Annual report of the Civil Veterinary Department, Bengal, and of the Bengal Veterinary College for the year 1903-1904 - 1903-1904
Year: 1903
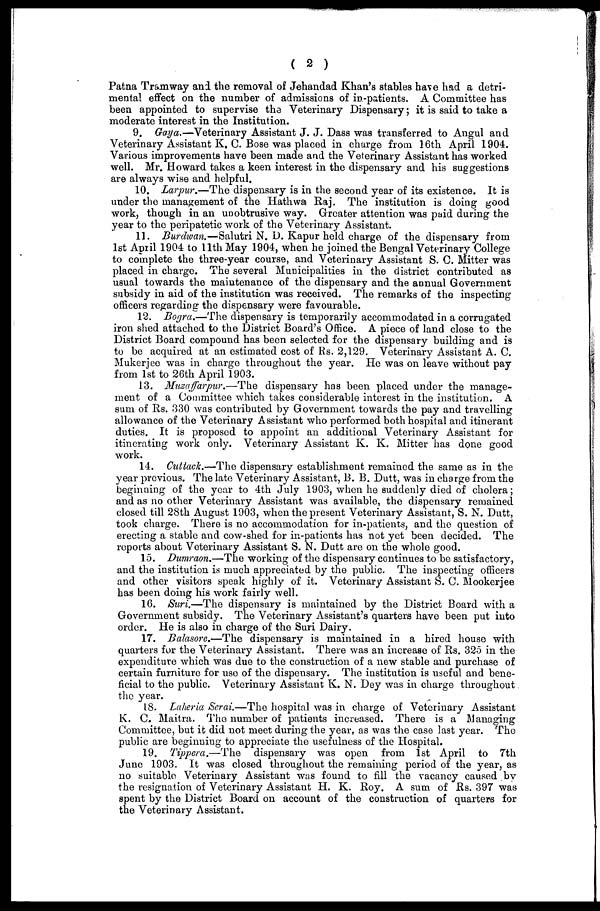
( 2 )
Patna Tramway and the removal of Jehandad Khan's stables have had a detri-
mental effect on the number of admissions of in-patients. A Committee has
been appointed to supervise the Veterinary Dispensary; it is said to take a
moderate interest in the Institution.
9. Gaya.—Veterinary Assistant J. J. Dass was transferred to Angul and
Veterinary Assistant K. C. Bose was placed in charge from 16th April 1904.
Various improvements have been made and the Veterinary Assistant has worked
well. Mr. Howard takes a keen interest in the dispensary and his suggestions
are always wise and helpful.
10. Larpur.—The dispensary is in the second year of its existence. It is
under the management of the Hathwa Raj. The institution is doing good
work, though in an unobtrusive way. Greater attention was paid during the
year to the peripatetic work of the Veterinary Assistant.
11. Burdwan.—Salutri N. D. Kapur held charge of the dispensary from
1st April 1904 to 11th May 1904, when he joined the Bengal Veterinary College
to complete the three-year course, and Veterinary Assistant S. C. Mitter was
placed in charge. The several Municipalities in the district contributed as
usual towards the maintenance of the dispensary and the annual Government
subsidy in aid of the institution was received. The remarks of the inspecting
officers regarding the dispensary were favourable.
12. Bogra.—The dispensary is temporarily accommodated in a corrugated
iron shed attached to the District Board's Office. A piece of land close to the
District Board compound has been selected for the dispensary building and is
to be acquired at an estimated cost of Rs. 2,129. Veterinary Assistant A. C.
Mukerjee was in charge throughout the year. He was on leave without pay
from 1st to 26th April 1903.
13. Muzaffarpur.—The dispensary has been placed under the manage-
ment of a Committee which takes considerable interest in the institution. A
sum of Rs. 330 was contributed by Government towards the pay and travelling
allowance of the Veterinary Assistant who performed both hospital and itinerant
duties. It is proposed to appoint an additional Veterinary Assistant for
itinerating work only. Veterinary Assistant K. K. Mitter has done good
work.
14. Cuttack.—The dispensary establishment remained the same as in the
year previous. The late Veterinary Assistant, B. B. Dutt, was in charge from the
beginning of the year to 4th July 1903, when he suddenly died of cholera;
and as no other Veterinary Assistant was available, the dispensary remained
closed till 28th August 1903, when the present Veterinary Assistant, S. N. Dutt,
took charge. There is no accommodation for in-patients, and the question of
erecting a stable and cow-shed for in-patients has not yet been decided. The
reports about Veterinary Assistant S. N. Dutt are on the whole good.
15. Dumraon.—The working of the dispensary continues to be satisfactory,
and the institution is much appreciated by the public. The inspecting officers
and other visitors speak highly of it. Veterinary Assistant S. C. Mookerjee
has been doing his work fairly well.
16. Suri.—The dispensary is maintained by the District Board with a
Government subsidy. The Veterinary Assistant's quarters have been put into
order. He is also in charge of the Suri Dairy.
17. Balasore.—The dispensary is maintained in a hired house with
quarters for the Veterinary Assistant. There was an increase of Rs. 325 in the
expenditure which was due to the construction of a new stable and purchase of
certain furniture for use of the dispensary. The institution is useful and bene-
ficial to the public. Veterinary Assistant K. N. Dey was in charge throughout
the year.
18. Lateria Serai.—The hospital was in charge of Veterinary Assistant
K. C. Maítra. The number of patients increased. There is a Managing
Committee, but it did not meet during the year, as was the case last year. The
public are beginning to appreciate the usefulness of the Hospital.
19. Tippera.—The dispensary was open from 1st April to 7th
June 1903. It was closed throughout the remaining period of the year, as
no suitable Veterinary Assistant was found to fill the vacancy caused by
the resignation of Veterinary Assistant H. K. Roy. A sum of Rs. 397 was
spent by the District Board on account of the construction of quarters for
the Veterinary Assistant.